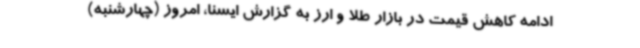
ادامه کاهش قیمت در بازار طلا و ارز به گزارش ایسنا، امروز (چهارشنبه)